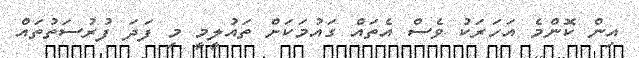
އިން ކޮންމެ އަހަރަކު ވެސް އެތައް ގައުމަކަށް ތައުލީމީ މި ފަދަ ފުރުސަތުތައް